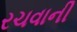
રચવાની